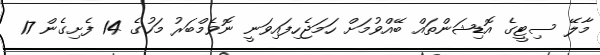
މާލޭ ސިޓީގެ އޮޑިޝަންތައް ބޭއްވުމަށް ހަމަޖެހިފައިވަނީ ނޮވެމްބަރު މަހުގެ 14 ފެށިގެން 17